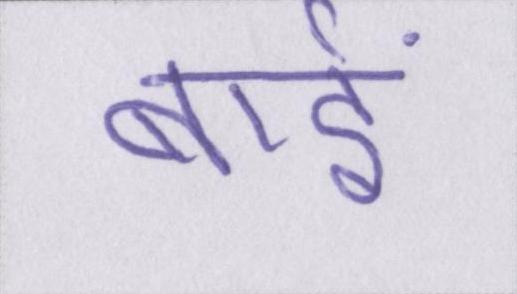
बाईं